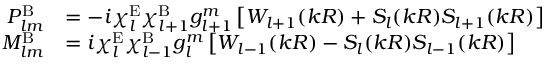
\begin{array} { r l } { P _ { l m } ^ { \mathrm { B } } } & { = - i \chi _ { l } ^ { \mathrm { E } } \chi _ { l + 1 } ^ { \mathrm { B } } g _ { l + 1 } ^ { m } \left[ W _ { l + 1 } ( k R ) + S _ { l } ( k R ) S _ { l + 1 } ( k R ) \right] } \\ { M _ { l m } ^ { \mathrm { B } } } & { = i \chi _ { l } ^ { \mathrm { E } } \chi _ { l - 1 } ^ { \mathrm { B } } g _ { l } ^ { m } \left[ W _ { l - 1 } ( k R ) - S _ { l } ( k R ) S _ { l - 1 } ( k R ) \right] } \end{array}